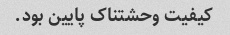
کیفیت وحشتناک پایین بود.